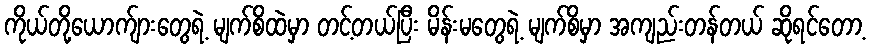
ကိုယ်တို့ယောက်ျားတွေရဲ့ မျက်စိထဲမှာ တင့်တယ်ပြီး မိန်းမတွေရဲ့ မျက်စိမှာ အကျည်းတန်တယ် ဆိုရင်တော့